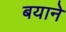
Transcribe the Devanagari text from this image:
बयाने